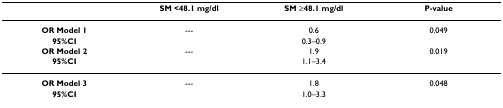
<table><thead><tr><td></td><td><b>SM &lt;48.1 mg/dl</b></td><td><b>SM ≥48.1 mg/dl</b></td><td><b>P-value</b></td></tr></thead><tbody><tr><td><b>OR Model 1</b></td><td>---</td><td>0.6</td><td>0.049</td></tr><tr><td><b>95%CI</b></td><td></td><td>0.3–0.9</td><td></td></tr><tr><td><b>OR Model 2</b></td><td>---</td><td>1.9</td><td>0.019</td></tr><tr><td><b>95%CI</b></td><td></td><td>1.1–3.4</td><td></td></tr><tr><td><b>OR Model 3</b></td><td>---</td><td>1.8</td><td>0.048</td></tr><tr><td><b>95%CI</b></td><td></td><td>1.0–3.3</td><td></td></tr></tbody></table>